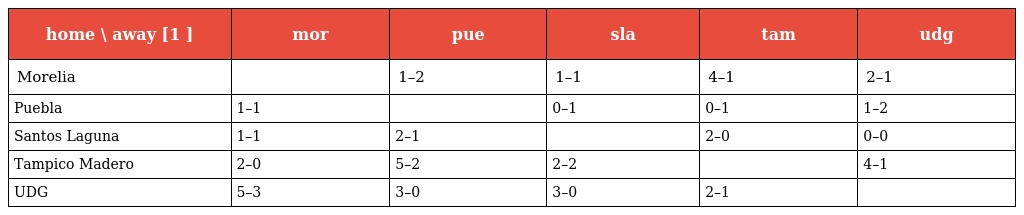
| home \ away [1 ] | mor | pue | sla | tam | udg |
 | --- | --- | --- | --- | --- | --- |
 | Morelia |  | 1–2 | 1–1 | 4–1 | 2–1 |
 | Puebla | 1–1 |  | 0–1 | 0–1 | 1–2 |
 | Santos Laguna | 1–1 | 2–1 |  | 2–0 | 0–0 |
 | Tampico Madero | 2–0 | 5–2 | 2–2 |  | 4–1 |
 | UDG | 5–3 | 3–0 | 3–0 | 2–1 |  |